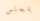
بمجلس